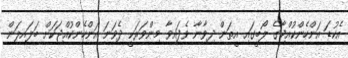
އެކުޑަ އަންހެންކުއްޖާގެ ލޯބީގައި އީތަން ދިވާނާ ވެފައިވާ މިންވަރަކީ ދެވަނަ އަންހެންކުއްޖަކަށް ބަލައިލަން